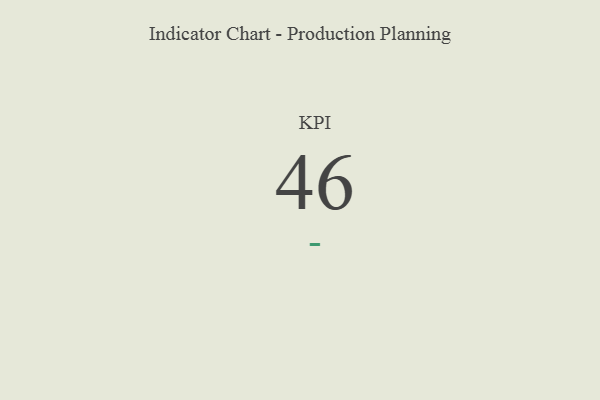
{"axis": {"x": "KPI", "y": "Value"}, "legend": [""], "data": [{"x": "KPI", "y": 46, "type": ""}]}